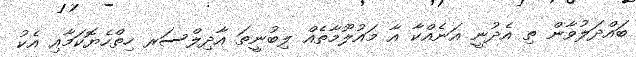
ބައްދަލުވާން ތި އެދުނީ އަނެއްކާ އާ މައުލޫމާތެއް ލިބުނީތަ އާދިލްސަރ ހިތްހެޔޮކަމާއި އެކު